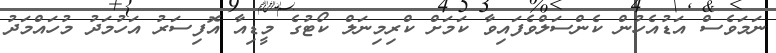
ނަމަވެސް އަޑުއެހުން ކެންސަލްވެފައިވާ ކަމަށް ކްރިމިނަލް ކޯޓުގެ މީޑިއާ އޮފިސަރު އަހުމަދު މުހައްމަދު